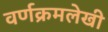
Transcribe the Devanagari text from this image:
वर्णक्रमलेखी